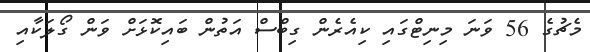
މެޗުގެ 56 ވަނަ މިނިޓްގައި ކިއެރެން ގިބްސް އަތުން ބައިކޮޅަށް ވަން ގޯލަކާއި